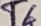
Text: T4